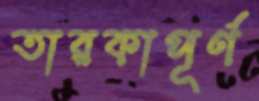
তারকাপূর্ণ